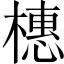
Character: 橞